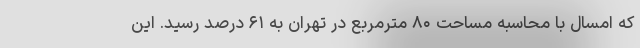
که امسال با محاسبه مساحت ۸۰ مترمربع در تهران به ۶۱ درصد رسید. این